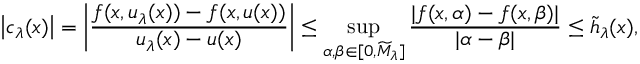
\left| c _ { \lambda } ( x ) \right| = \left| \frac { f ( x , u _ { \lambda } ( x ) ) - f ( x , u ( x ) ) } { u _ { \lambda } ( x ) - u ( x ) } \right| \leq \operatorname* { s u p } _ { \alpha , \beta \in [ 0 , \widetilde { M } _ { \lambda } ] } \frac { | f ( x , \alpha ) - f ( x , \beta ) | } { | \alpha - \beta | } \leq \widetilde { h } _ { \lambda } ( x ) ,